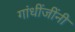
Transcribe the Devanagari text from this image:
गांधींजींनी